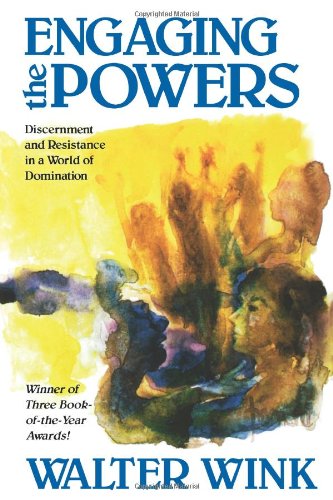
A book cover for Engaging the Powers: Discernment and Resistance in a World of Domination; Walter Wink; Christian Books & Bibles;